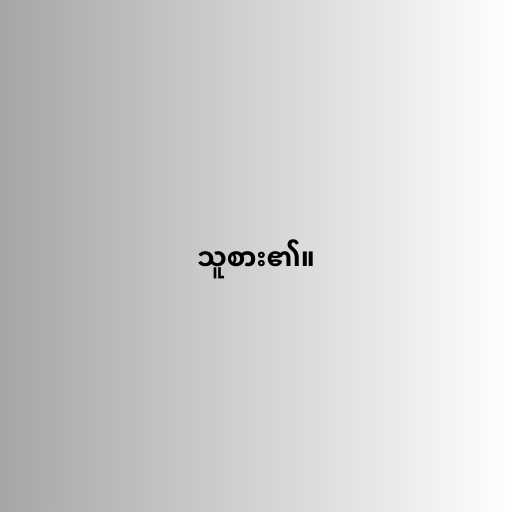
သူစား၏။